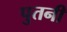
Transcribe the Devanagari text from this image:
पुतनी